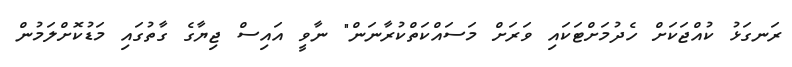
ރަނގަޅު ކުއްޖަކަށް ހެދުމަށްޓަކައި ވަރަށް މަސައްކަތްކުރާނަން" ނާވީ އައިސް ޖިޔާގެ ގާތުގައި މަޑުކޮށްލަމުން